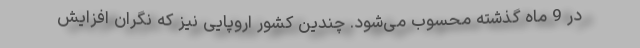
در 9 ماه گذشته محسوب می‌شود. چندین کشور اروپایی نیز که نگران افزایش